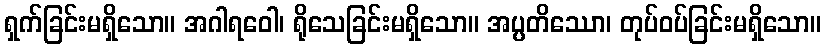
ရှက်ခြင်းမရှိသော။ အဂါရဝေါ၊ ရိုသေခြင်းမရှိသော။ အပ္ပတိဿော၊ တုပ်ဝပ်ခြင်းမရှိသော။